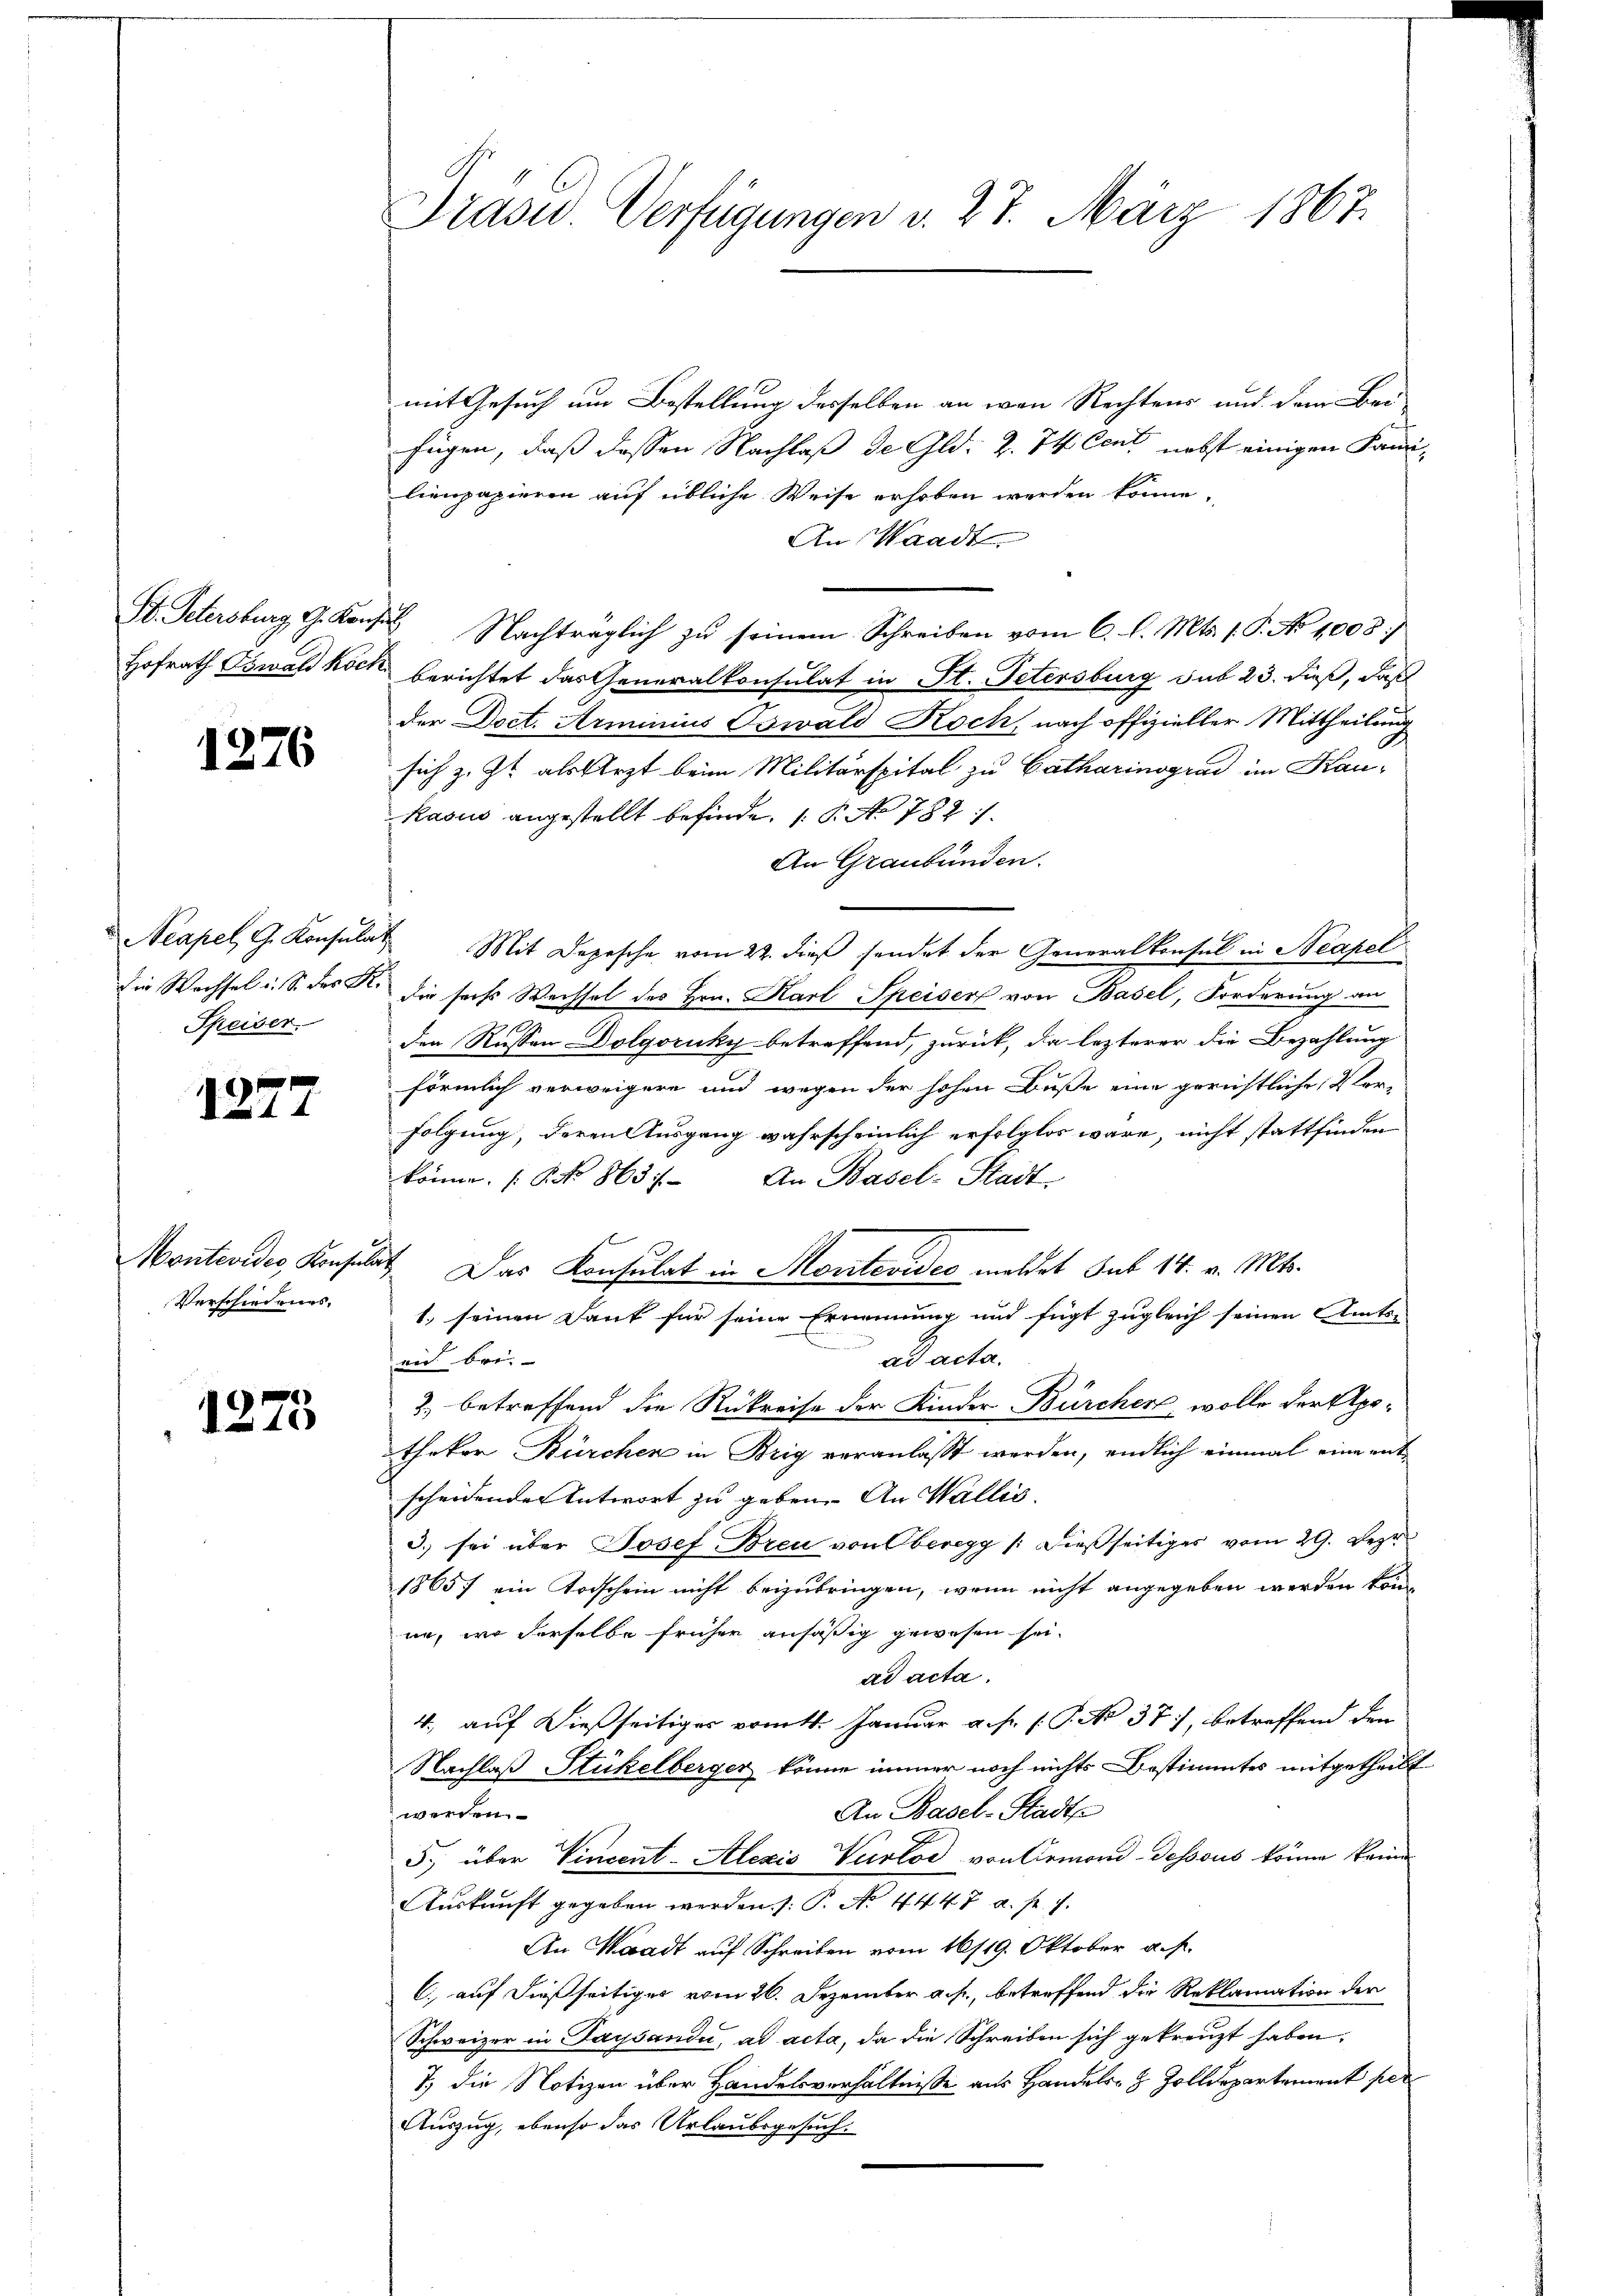
St. Petersburg, G. Konfus

1276

Neapel, G. Konsulat
Speiser.

1277

Verschiedenes.

1273

mit Gesuch um Bestellung desselben an von Rechtens und dem Ber
fügen, daß dessen Nachlaß de Gld. Z. 74. Cent nebst einigen Familienpapieren auf übliche Weise erhoben werden könne.
An Waadt
Nachträglich zu seinem Schreiben vom 6. l. Mts. 1. P. No 1008/
Hofrath Oswald koch berichtet das Generalkonsulat in St. Petersburg sub 23. dieß, daß
der Doct. Arminius Oswald Roch, nach offizieller Mittheilung
sich z. Zt. als Arzt beim Militärspital zu Catharinograd im Kaukasus angestellt befinde. (T. No 782.
An Graubünden.
Mit Depesche vom 22. dieß sendet der Generalkonsul in Neapel
Die Wechsel u. S. des K. die sechs Wechsel des Hrn. Karl Speiser von Basel, Forderung an
den Russen Dolgoruky betreffend, zurück, da lezterer die Bezahlung
förmlich verweigere und wegen der hohen Buße eine gerichtliche Ver-
folgung, deren Ausgang wahrscheinlich erfolglos wäre, nicht stattfinden
könne. (T No 8637. An Basel-Stadt
Montevides, Konsulat Das Konsulat in Montevideo meldet sub 14. v. Mts.
1. seinen Dank für seine Ernennung und fügt zugleich seinen Amts-
ad acta.
mit Frei-
2. betreffend die Rükreise der Kinder Bürcher, wolle der Apothekar Bürchen in Brig veranlasst werden, endlich einmal eine entscheidender Antwort zu geben. An Wallis.
3.) sei über Josef Breu von Oberegg /: dießseitiges vom 29. Depr
18657 ein Todschein nicht beizubringen, wenn nicht angegeben werden könne, wo derselbe früher ansäßig gewesen sei.
ad acta.
4, auf dießseitiges vom 4. Januar a. p. 1. P. No 37), betreffend den
Nachlaß Stückelberger könne immer noch nichts Bestimmtes mitgetheilt
An Basel-Stadt
werden.
5., über Vincent-Alezis Vurtod von Ormond-dessous könne keine
Auskunft gegeben werden. /: P. No. 4447 u. s. f.
An Waadt auf Schreiben vom 16/19. Oktober a. p.
C. auf dießseitiges vom 26. Dezember a. f., betreffend die Reklamation der
Schweizer in Lausandii, ad acta, da die Schreiben sich gekreuzt haben.
7) die Notizen über Handelsverhältnisse aus Handels- & Zolldepartement per
Auszug, ebenso das Urlaubsgesuch.

Trasw. Verfügungen v. 27. März 1867.